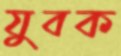
যুবক